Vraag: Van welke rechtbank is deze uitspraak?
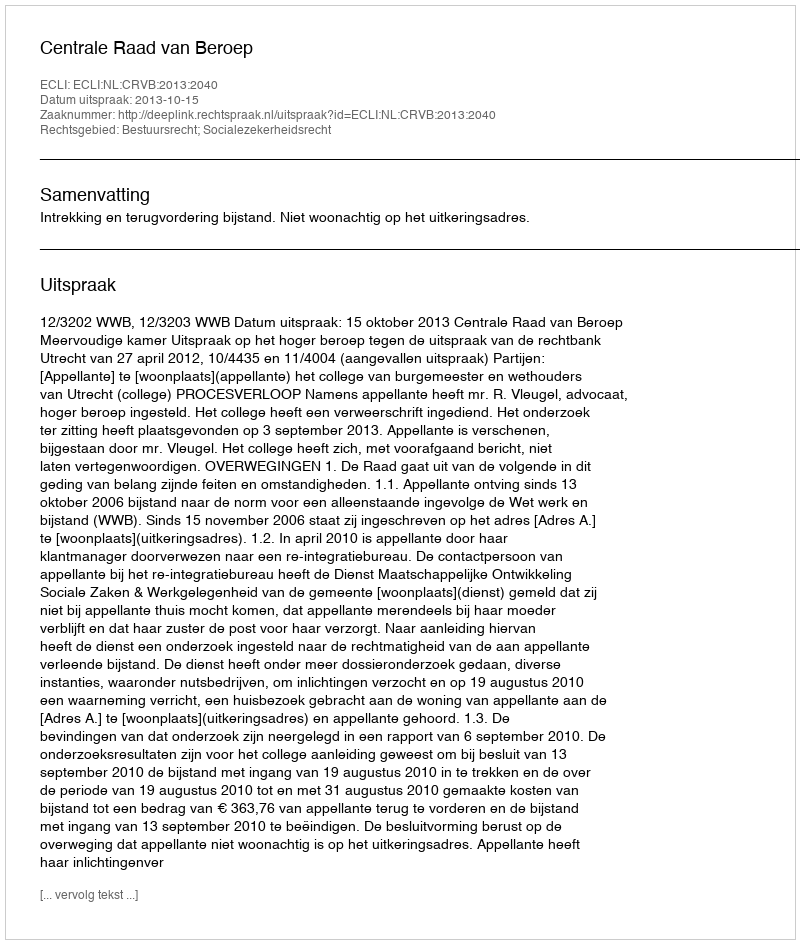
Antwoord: Centrale Raad van Beroep